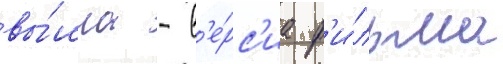
вы́шла - в'е́рс'иа ф'и́льма